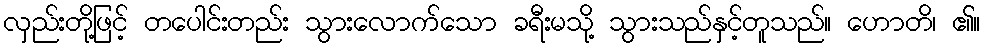
လှည်းတို့ဖြင့် တပေါင်းတည်း သွားလောက်သော ခရီးမသို့ သွားသည်နှင့်တူသည်။ ဟောတိ၊ ၏။